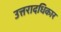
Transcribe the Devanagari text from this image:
उत्तरादधिकार